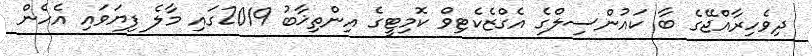
ދިވެހިރާއްޖޭގެ ބާ ކައުންސިލްގެ އެގްޒެކެޓިވް ކޮމިޓީގެ އިންތިޚާބު 2019ގައި މާލެ ފިޔަވައި އެހެން